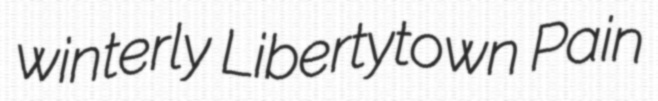
winterly Libertytown Pain